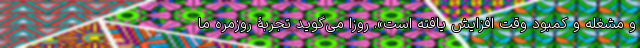
و مشغله و کمبود وقت افزایش یافته است». روزا می‌گوید تجربۀ روزمره ما